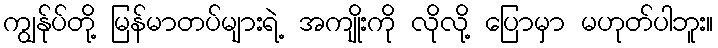
ကျွန်ုပ်တို့ မြန်မာတပ်များရဲ့ အကျိုးကို လိုလို့ ပြောမှာ မဟုတ်ပါဘူး။